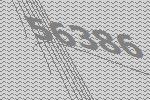
56386